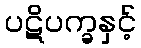
ပဋိပက္ခနှင့်